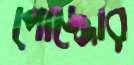
পোজ্জোর